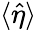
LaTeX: \langle\hat{\eta}\rangle